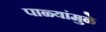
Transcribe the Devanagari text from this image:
पाळ्यांमुळे